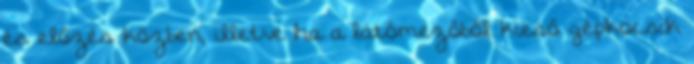
és előzés közben, illetve ha a látómezőből kieső gépkocsik